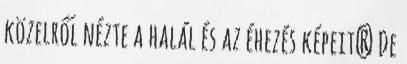
közelről nézte a halál és az éhezés képeit? De